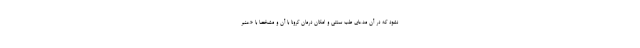
نشود که در آن مدعای طب سنتی و امکان درمان کرونا با آن و مشخصا با «عنبر